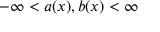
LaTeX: - \infty < a ( x ) , b ( x ) < \infty